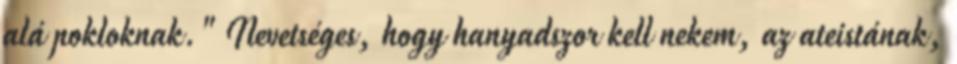
alá pokloknak." Nevetséges, hogy hanyadszor kell nekem, az ateistának,